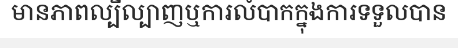
មានភាពល្បីល្បាញឬការលំបាកក្នុងការទទួលបាន